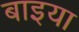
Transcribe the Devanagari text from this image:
बाइया